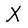
Character: X